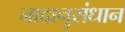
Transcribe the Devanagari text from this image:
नादानुसंधान